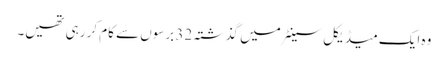
وہ ایک میڈیکل سینٹر میں گذشتہ 32 برسوں سے کام کر رہی تھیں۔